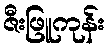
ဇီးဖြူကုန်း